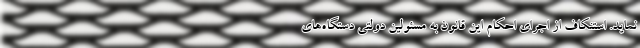
نماید. استنکاف از اجرای احکام این قانون به مسئولین دولتی دستگاه‌های